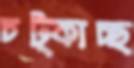
চট্‌কাচ্ছ